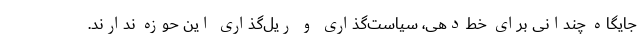
جایگاه چندانی برای خط‌دهی، سیاست‌گذاری و ریل‌گذاری این حوزه ندارند.